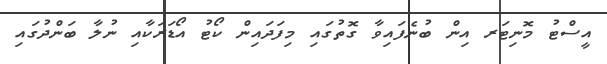
އީސްޓު މޮނިޓަރ އިން ބުނެފައިވާ ގޮތުގައި މިފަދައިން ކޯޓު އޯޑަރަކާއި ނުލާ ބަންދުގައި